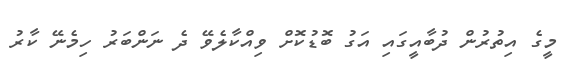
މީގެ އިތުރުން ދުބާއީގައި އަގު ބޮޑުކޮށް ވިއްކާލެވޭ ދެ ނަންބަރު ހިމެނޭ ކާރު